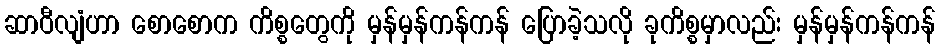
ဆာဝီလျံဟာ စောစောက ကိစ္စတွေကို မှန်မှန်ကန်ကန် ပြောခဲ့သလို ခုကိစ္စမှာလည်း မှန်မှန်ကန်ကန်